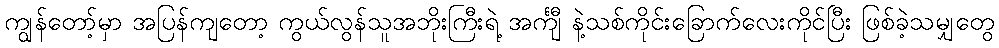
ကျွန်တော့်မှာ အပြန်ကျတော့ ကွယ်လွန်သူအဘိုးကြီးရဲ့ အင်္ကျီ နဲ့သစ်ကိုင်းခြောက်လေးကိုင်ပြီး ဖြစ်ခဲ့သမျှတွေ